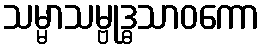
သမ္မာသမ္ဗုဒ္ဓသာဝကော